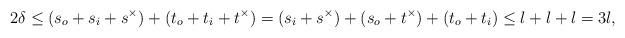
LaTeX: \begin{align*}2\delta\le (s_o+s_i+s^{\times})+(t_o+t_i+t^{\times})=(s_i+s^{\times})+(s_o+t^{\times})+(t_o+t_i)\le l+l+l=3l,\end{align*}